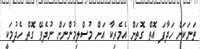
ތަނަކަށް ހަދާފަ އޮތް ގޮތަށް އެމެރިކާ އަށް މުސްލިމުންނަށް ނުދެވޭ ގޮތް ހެދުމަކީ